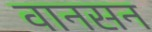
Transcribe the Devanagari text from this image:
वानसन